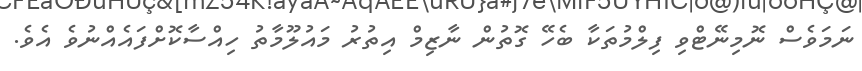
ނަމަވެސް ނޮމިނޭޓްވި ފިލްމުތަކާ ބެހޭ ގޮތުން ނާޒިމް އިތުރު މައުލޫމާތު ހިއްސާކޮށްފައެއްނުވެ އެވެ.